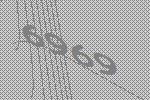
6969